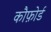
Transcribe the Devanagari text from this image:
कौफ़ोर्ड